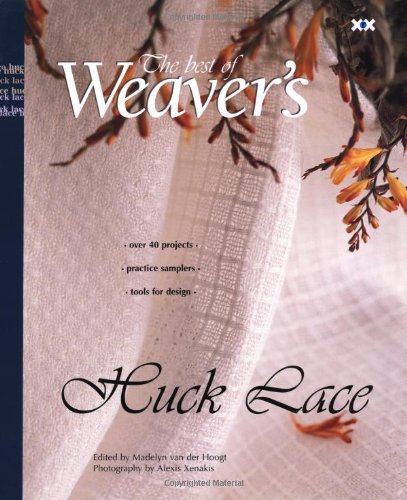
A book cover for Huck Lace: The Best of Weaver's (Best of Weaver's series); Crafts, Hobbies & Home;